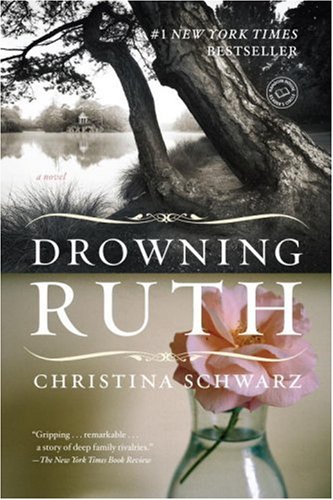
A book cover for Drowning Ruth: A Novel (Oprah's Book Club); Christina Schwarz; Mystery, Thriller & Suspense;